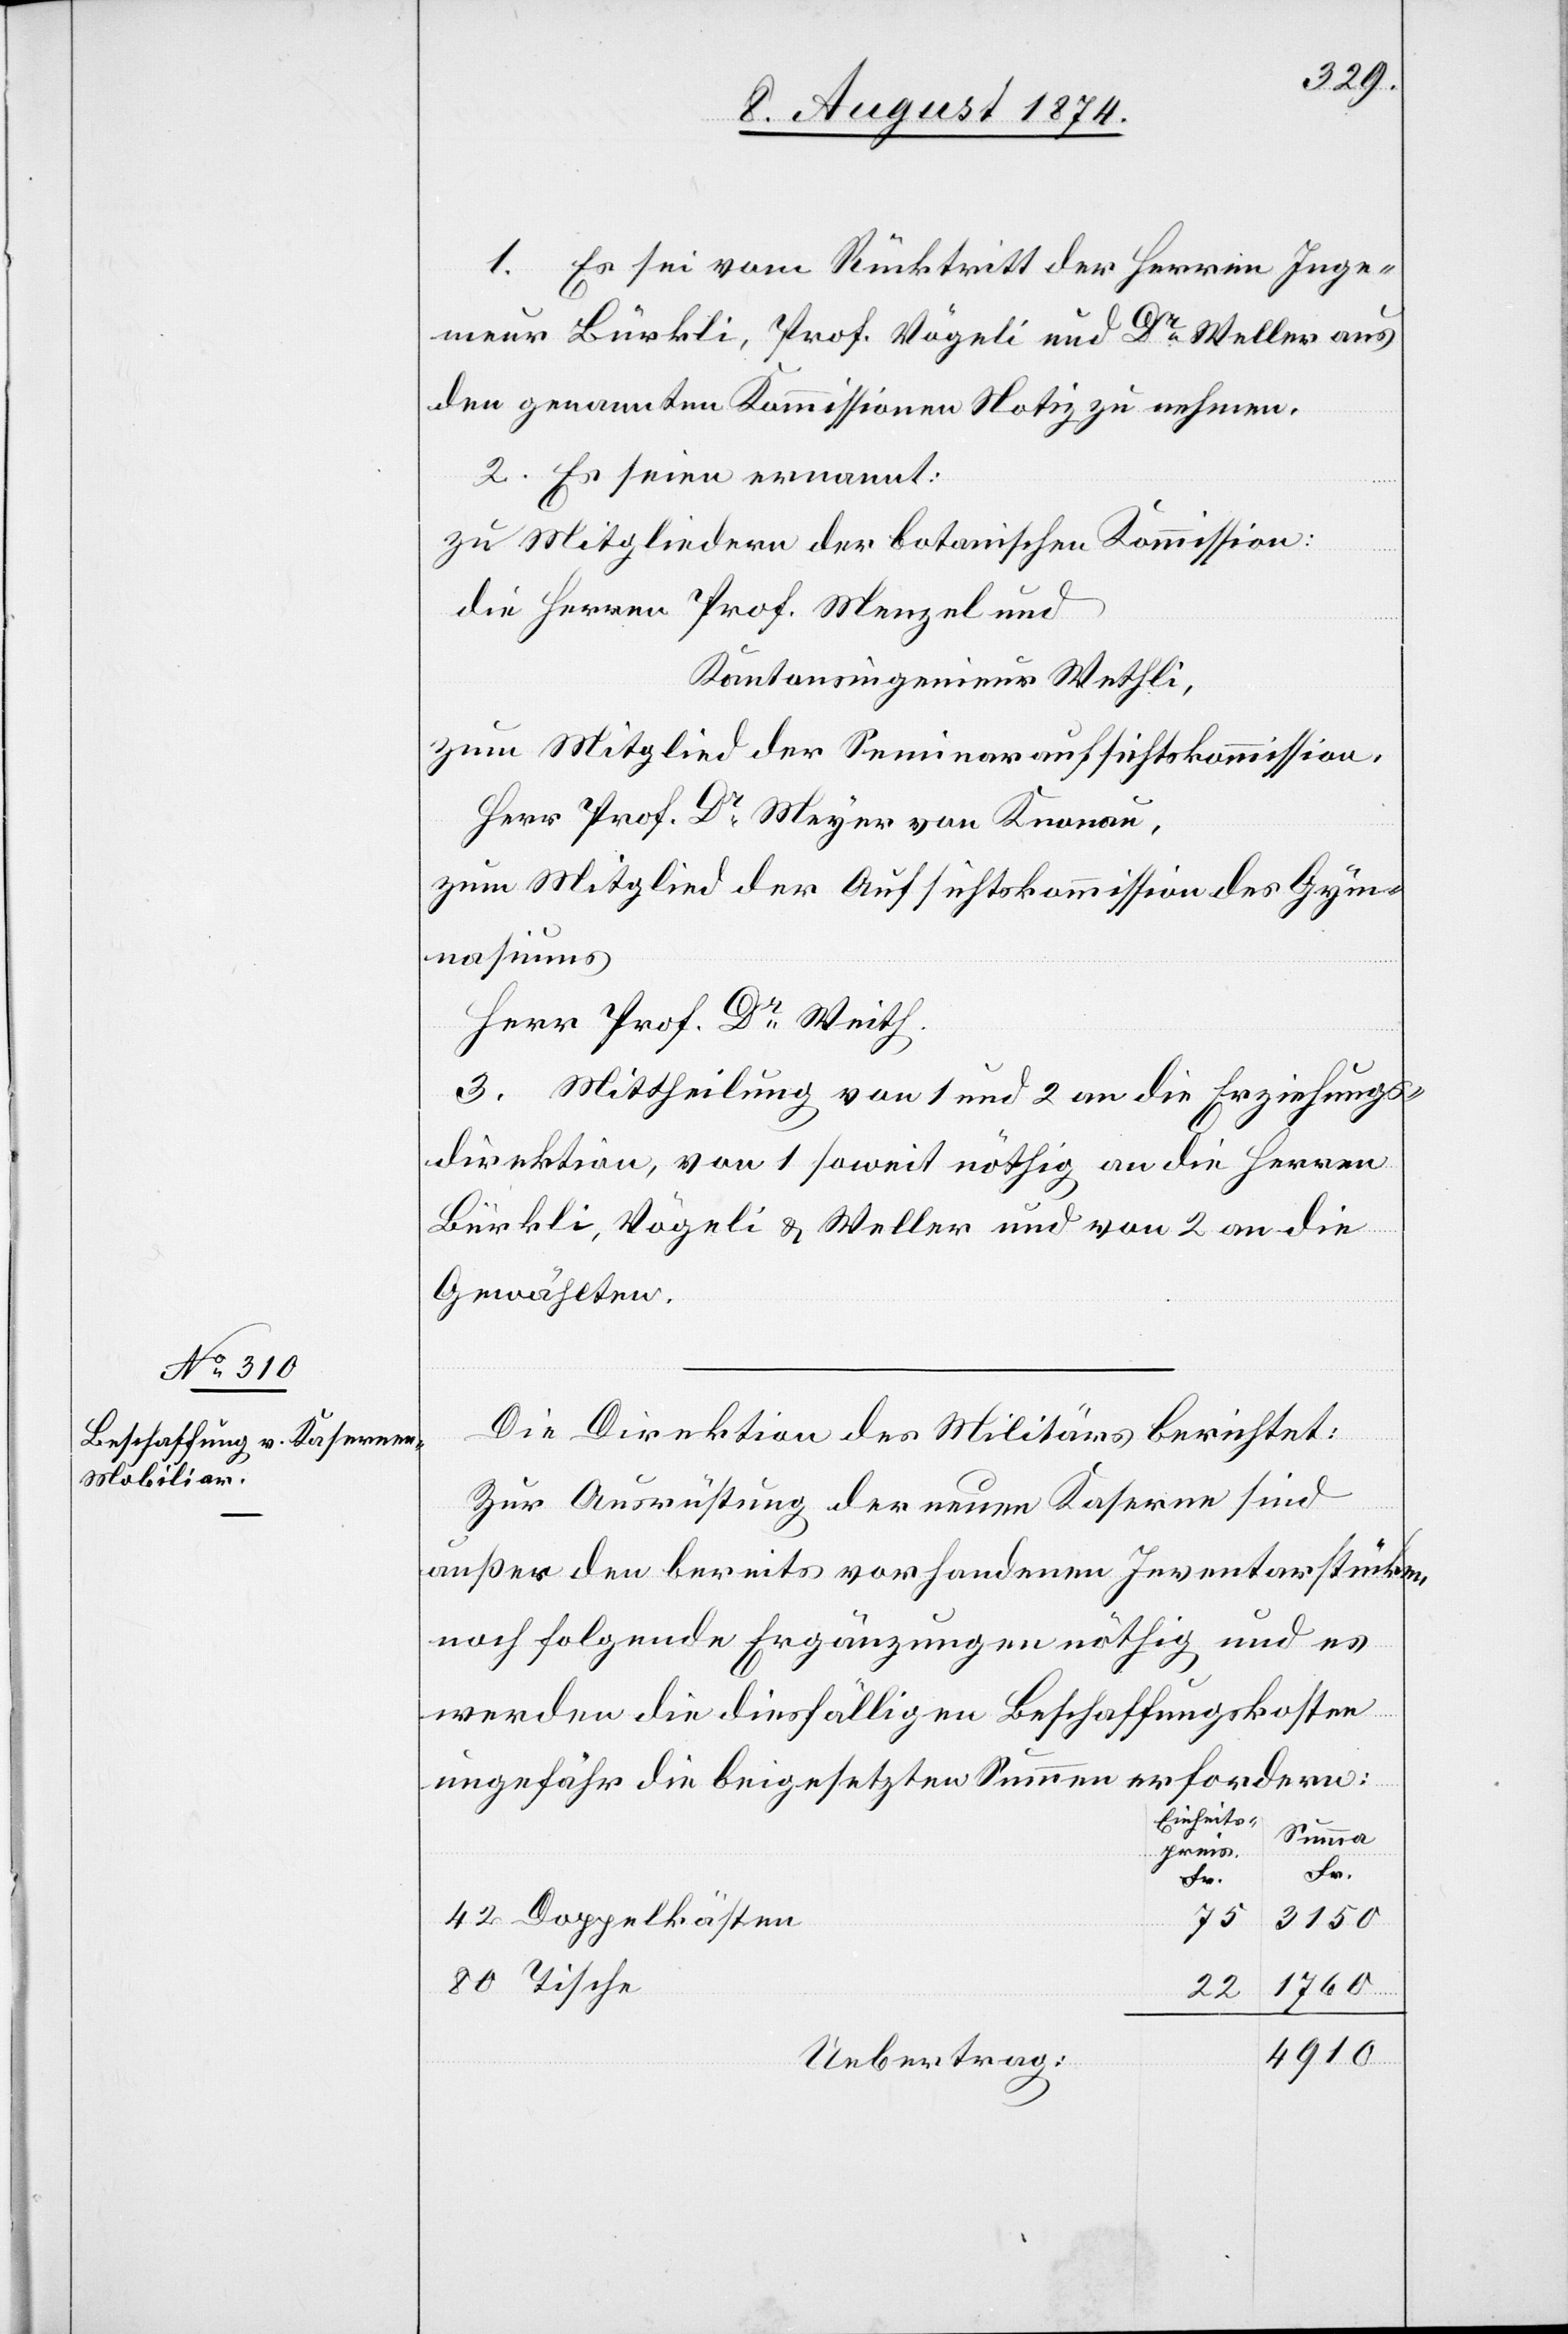
1. Es sei vom Rücktritt der Herren Inge¬
nieur Bürkli, Prof. Vögeli und Dr Weller aus
den genannten Kommissionen Notiz zu nehmen.
2. Es seien ernannt:
zu Mitgliedern der botanischen Kommission:
die Herren Prof. Menzel und
Kantonsingenieur Wethli,
zum Mitglied der Seminaraufsichtskommission,
Herr Prof. Dr Meyer von Knonau,
zum Mitglied der Aufsichtskommission des Gym¬
nasiums
Herr Prof. Dr Weith.
3. Mittheilung von 1 und 2 an die Erziehungs¬
direktion, von 1 soweit nöthig an die Herren
Bürkli, Vögeli u. Weller und von 2 an die
Gewählten.
Die Direktion des Militärs berichtet:
Zur Ausrüstung der neuen Kaserne sind
außer den bereits vorhandenen Inventarstücken
noch folgende Ergänzungen nöthig, und es
werden die diesfälligen Beschaffungskosten
ungefähr die beigesetzten Summen erfordern:
Einheits¬
Summa
preis.
Fr.
Fr.
Doppelkästen
3150
80
1760
22